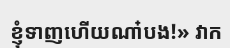
ខ្ញុំទាញហើយណា៎បង!» វាក